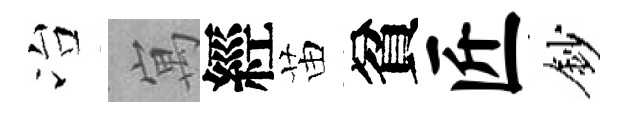
冶寓經苗貧匠鈔